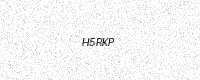
Text: H5RKP